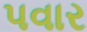
પવાર